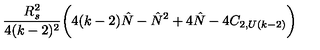
{ \frac { R _ { s } ^ { 2 } } { 4 ( k - 2 ) ^ { 2 } } } \biggl ( 4 ( k - 2 ) { \hat { N } } - { \hat { N } } ^ { 2 } + 4 { \hat { N } } - 4 C _ { 2 , U ( k - 2 ) } \biggr )